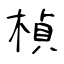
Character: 楨